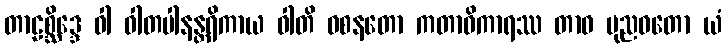
တာဠစ္ဆိဒ္ဒေ ဝါ ဝါတပါနန္တရိကာယ ဝါတိ ဝစနတော ကတာဓိကာရဿ တာဝ ပုညဝတော ယံ